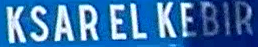
KSARELKEBIR